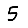
Digit: 5